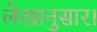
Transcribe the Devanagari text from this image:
लेखानुसार।